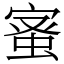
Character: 𮔉